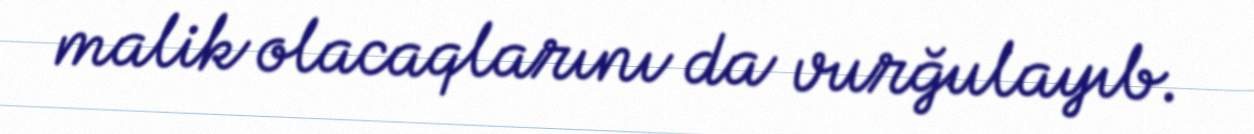
malik olacaqlarını da vurğulayıb.